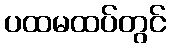
ပထမထပ်တွင်